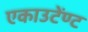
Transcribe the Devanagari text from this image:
एकाउटेंण्ट